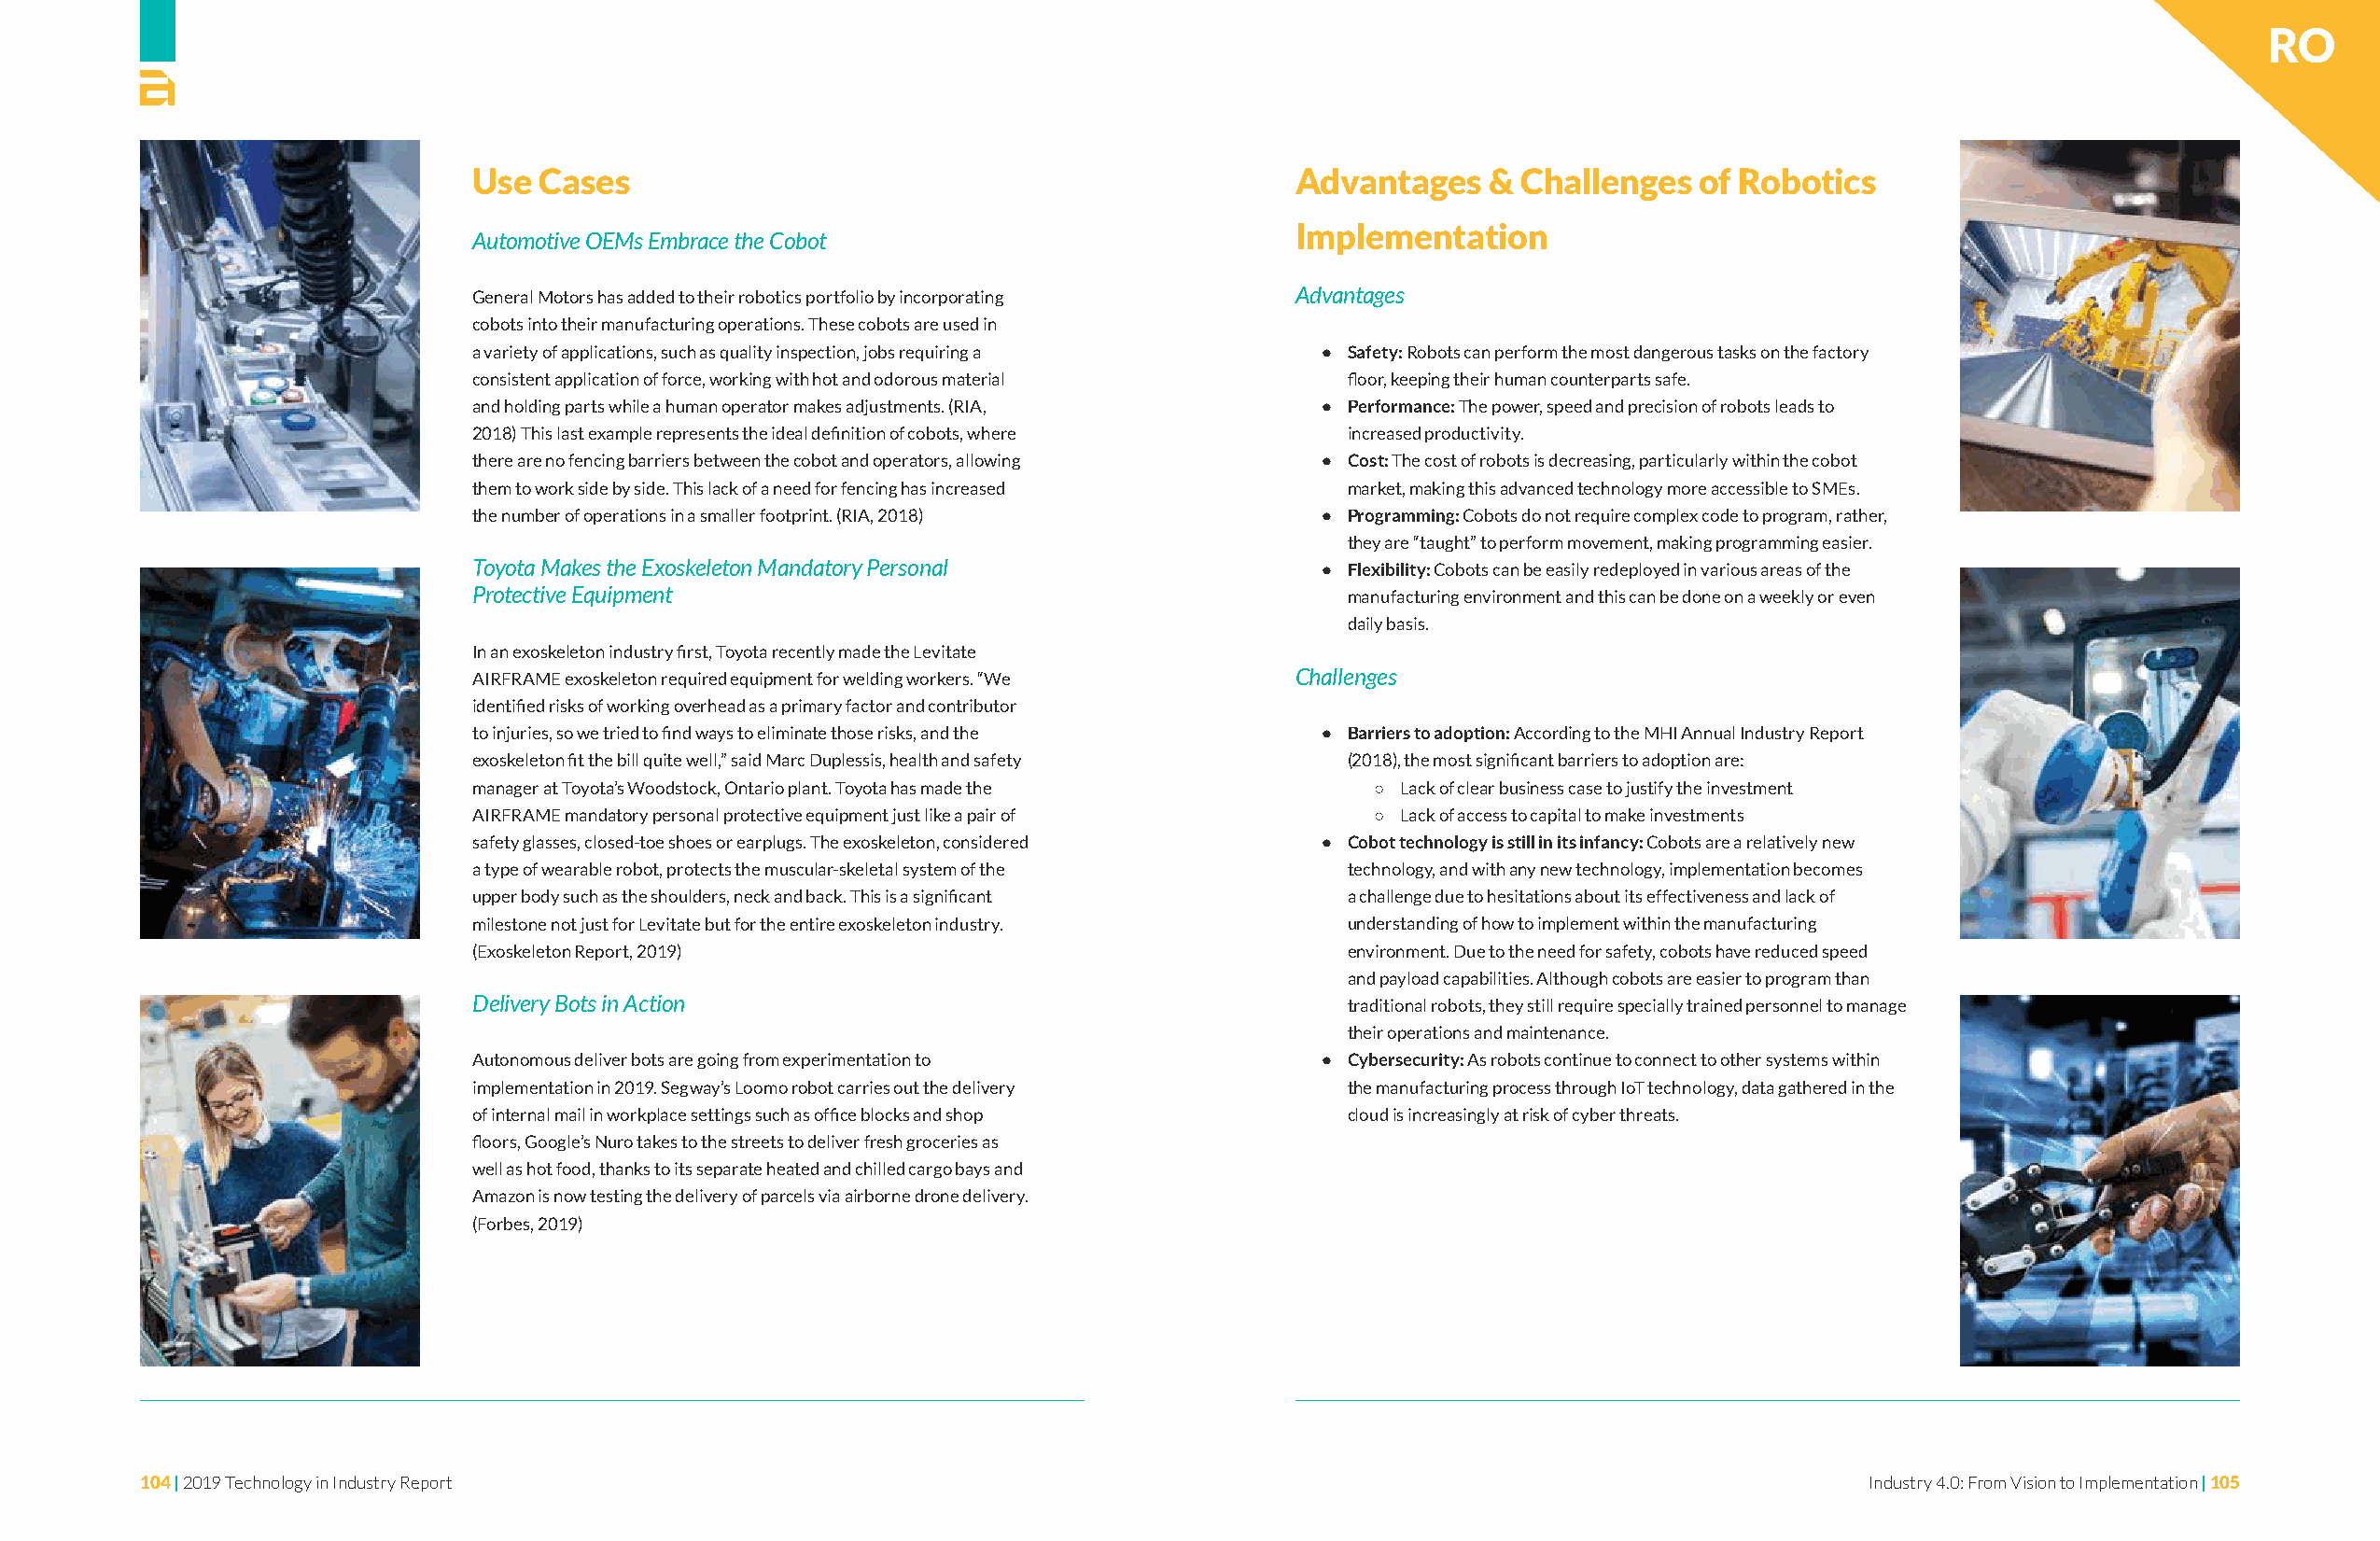
RO
 Use Cases                                                 Advantages    & Challenges   of Robotics
 Implementation
 Automotive OEMs Embrace the Cobot
 General Motors has added to their robotics portfolio by incorporating Advantages
 cobots into their manufacturing operations. These cobots are used in
 a variety of applications, such as quality inspection, jobs requiring a • Safety: Robots can perform the most dangerous tasks on the factory
 consistent application of force, working with hot and odorous material floor, keeping their human counterparts safe.
 and holding parts while a human operator makes adjustments. (RIA, • Performance: The power, speed and precision of robots leads to
 2018) This last example represents the ideal definition of cobots, where increased productivity.
 there are no fencing barriers between the cobot and operators, allowing • Cost: The cost of robots is decreasing, particularly within the cobot
 them to work side by side. This lack of a need for fencing has increased market, making this advanced technology more accessible to SMEs.
 the number of operations in a smaller footprint. (RIA, 2018) • Programming: Cobots do not require complex code to program, rather,
 they are “taught” to perform movement, making programming easier.
 Toyota Makes the Exoskeleton Mandatory Personal             • Flexibility: Cobots can be easily redeployed in various areas of the
 Protective Equipment                                          manufacturing environment and this can be done on a weekly or even
 daily basis.
 In an exoskeleton industry first, Toyota recently made the Levitate
 AIRFRAME exoskeleton required equipment for welding workers. “We Challenges
 identified risks of working overhead as a primary factor and contributor
 to injuries, so we tried to find ways to eliminate those risks, and the • Barriers to adoption: According to the MHI Annual Industry Report
 exoskeleton fit the bill quite well,” said Marc Duplessis, health and safety (2018), the most significant barriers to adoption are:
 manager at Toyota’s Woodstock, Ontario plant. Toyota has made the ○ Lack of clear business case to justify the investment
 AIRFRAME mandatory personal protective equipment just like a pair of ○ Lack of access to capital to make investments
 safety glasses, closed-toe shoes or earplugs. The exoskeleton, considered • Cobot technology is still in its infancy: Cobots are a relatively new
 a type of wearable robot, protects the muscular-skeletal system of the technology, and with any new technology, implementation becomes
 upper body such as the shoulders, neck and back. This is a significant a challenge due to hesitations about its effectiveness and lack of
 milestone not just for Levitate but for the entire exoskeleton industry. understanding of how to implement within the manufacturing
 (Exoskeleton Report, 2019)                                    environment. Due to the need for safety, cobots have reduced speed
 and payload capabilities. Although cobots are easier to program than
 Delivery Bots in Action                                       traditional robots, they still require specially trained personnel to manage
 their operations and maintenance.
 Autonomous deliver bots are going from experimentation to   • Cybersecurity: As robots continue to connect to other systems within
 implementation in 2019. Segway’s Loomo robot carries out the delivery the manufacturing process through IoT technology, data gathered in the
 of internal mail in workplace settings such as office blocks and shop cloud is increasingly at risk of cyber threats.
 floors, Google’s Nuro takes to the streets to deliver fresh groceries as
 well as hot food, thanks to its separate heated and chilled cargo bays and
 Amazon is now testing the delivery of parcels via airborne drone delivery.
 (Forbes, 2019)
 104 | 2019 Technology in Industry Report                                                                                   Industry 4.0: From Vision to Implementation | 105